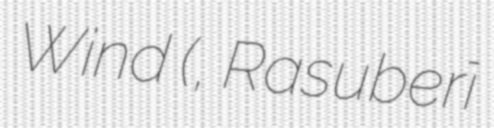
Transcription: Wind (ラズベリーの風, Rasuberī